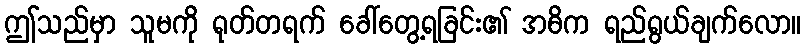
ဤသည်မှာ သူမကို ရုတ်တရက် ခေါ်တွေ့ရခြင်း၏ အဓိက ရည်ရွယ်ချက်လော။